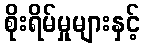
စိုးရိမ်မှုများနှင့်